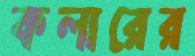
কলারের